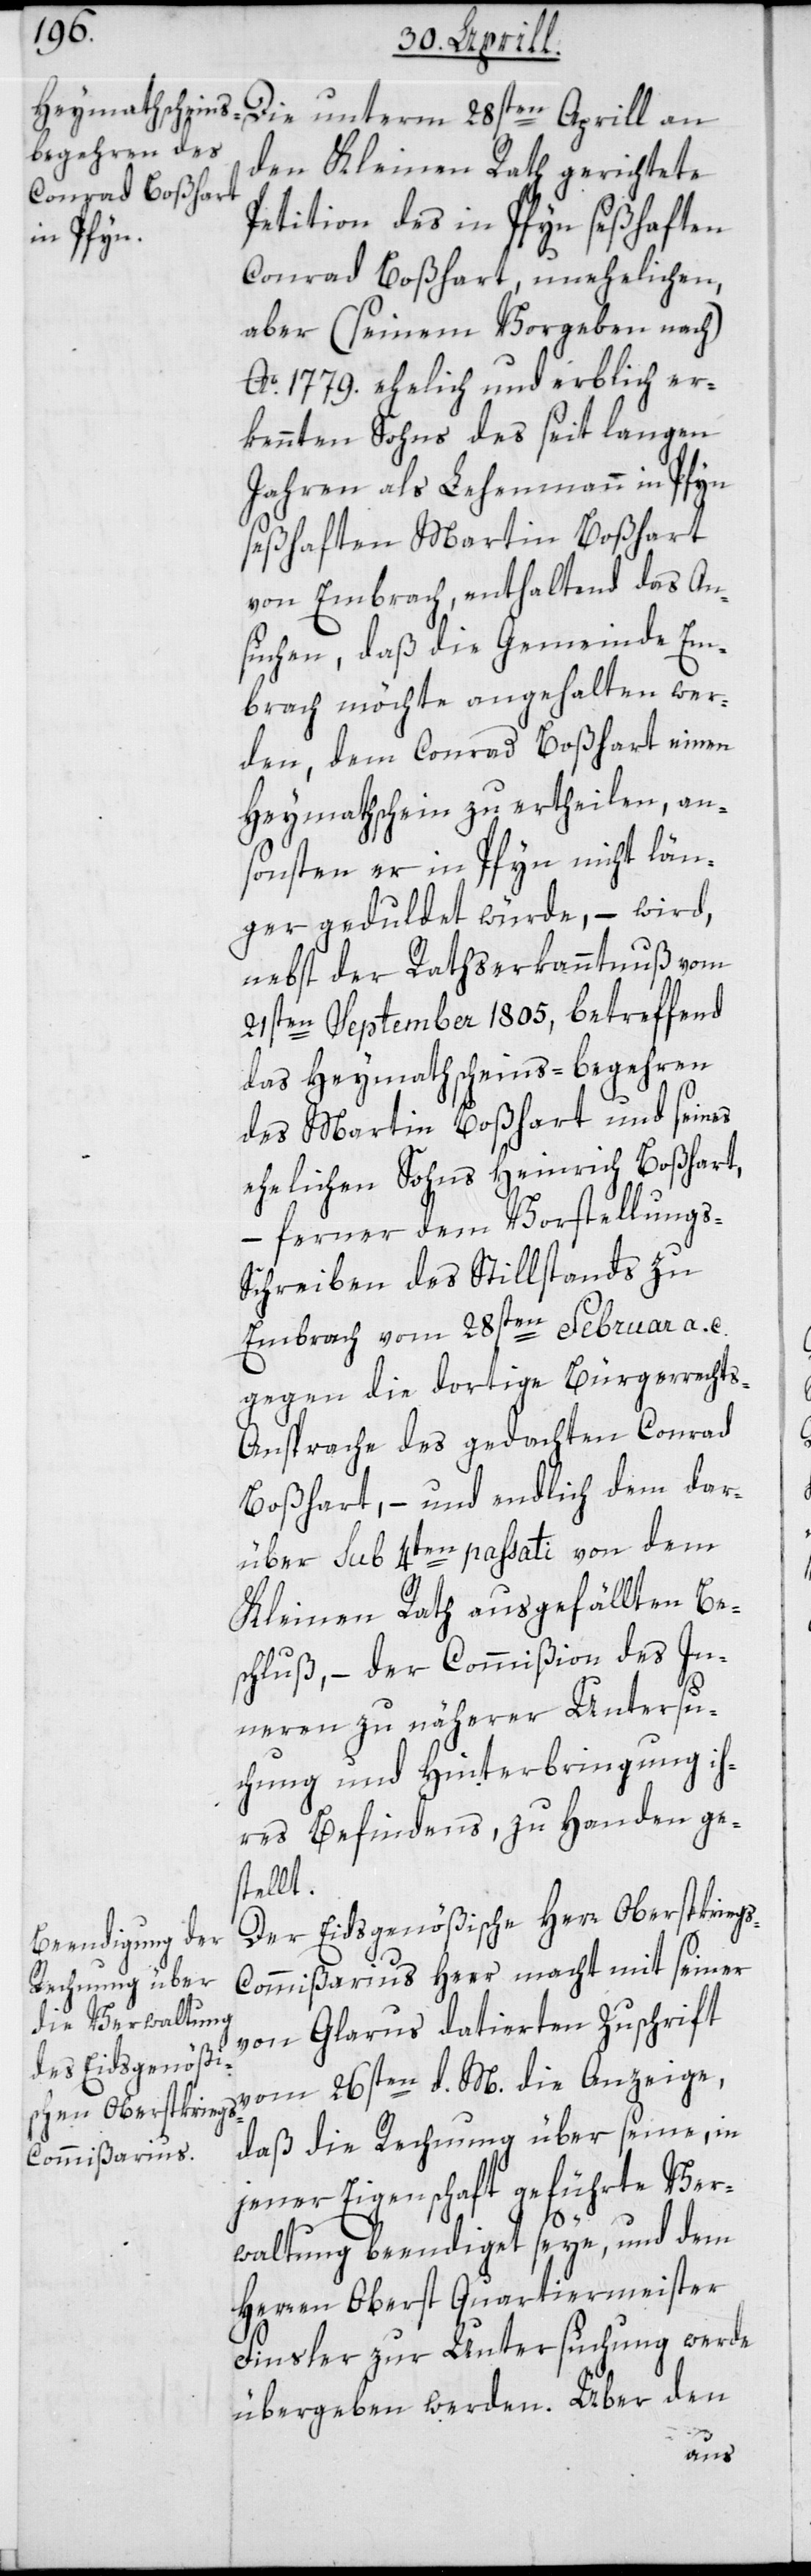
28sten Aprill
den Kleinen Rath gerichtete
Petition des in Pfyn seßhaften
Conrad Boßhart, unehelichen,
aber (seinem Vorgeben nach)
Ao. 1779. ehelich und erblich er¬
kennten Sohns des seit langen
Jahren als Lehenmann in Pfyn
seßhaften Martin Boßhart
von Embrach, enthaltend das An¬
suchen, daß die Gemeinde Em¬
brach möchte angehalten wer¬
den, dem Conrad Boßhart einen
Heymathschein zu ertheilen, an¬
sonsten er in Pfyn nicht län¬
ger geduldet würde, – wird
nebst der Rathserkanntnuß vom
21sten September 1805, betreffend
das Heymathscheins-Begehren
des Martin Boßhart und seines
ehelichen Sohns Heinrich Boßhart,
– ferner dem Vorstellungs-S¬
chreiben des Stillstands zu
Embrach vom 28sten Februar a. c.
gegen die dortige Bürgerrechts-A¬
nsprache des gedachten Conrad
Bosshart, – und endlich dem dar¬
über sub 4ten passati von dem
Kleinen Rath ausgefällten Be¬
schluß, – der Commißion des In¬
nern zu näherer Untersu¬
chung und Hinterbringung ih¬
res Befindens zu Handen ge¬
stellt.
Der Eidsgenößische Herr Oberstkrieg¬
s-Commissarius Heer macht mit seiner
von Glarus datierten Zuschrift
vom 26sten d. M. die Anzeige,
daß die Rechnung über seine, in
jener Eigenschaft geführte Ver¬
waltung beendiget seye, und dem
Herren Oberst Quartiermeister
Finsler zur Untersuchung werde
übergeben werden. Über den
an